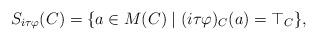
LaTeX: \begin{align*}S_{i\tau\varphi}(C) = \{a \in M(C) \mid (i\tau\varphi)_C(a) = \top_C\},\end{align*}